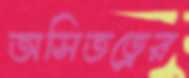
অসিতত্বের